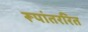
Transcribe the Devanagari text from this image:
रूपांतररित